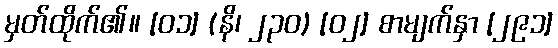
မှတ်ထိုက်၏။ [၀၁] (နိ၊ ၂၃၀) [၀၂] စာမျက်နှာ [၂၉၁]